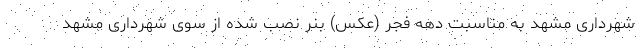
شهرداری مشهد به مناسبت دهه فجر (عکس) بنر نصب شده از سوی شهرداری مشهد